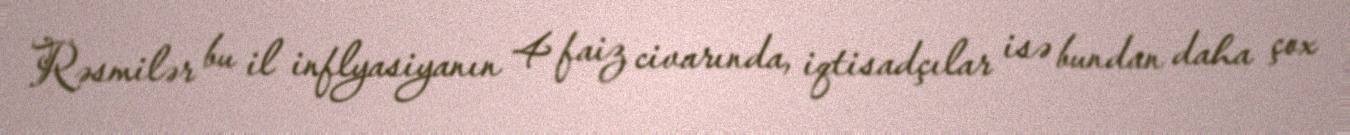
Rəsmilər bu il inflyasiyanın 4 faiz civarında, iqtisadçılar isə bundan daha çox